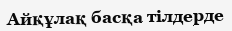
Айқұлақ басқа тілдерде